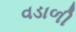
વડાળી